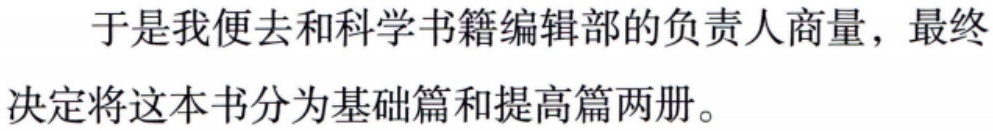
于是我便去和科学书籍编辑部的负责人商量，最终决定将这本书分为基础篇和提高篇两册。